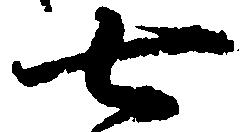
七